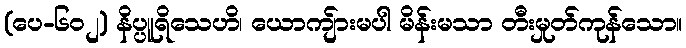
(ပေ-၆၀၂) နိပ္ပူရိသေဟိ၊ ယောကျ်ားမပါ မိန်းမသာ တီးမှုတ်ကုန်သော။